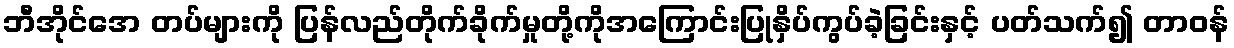
ဘီအိုင်အေ တပ်များကို ပြန်လည်တိုက်ခိုက်မှုတို့ကိုအကြောင်းပြုနှိပ်ကွပ်ခဲ့ခြင်းနှင့် ပတ်သက်၍ တာဝန်